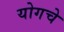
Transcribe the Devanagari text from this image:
योगचे